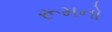
રૂમનો